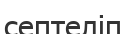
септеліп